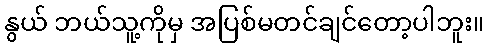
နွယ် ဘယ်သူ့ကိုမှ အပြစ်မတင်ချင်တော့ပါဘူး။